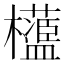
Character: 𣠅